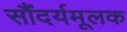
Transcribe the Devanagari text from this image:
सौंदर्यमूलक